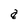
Character: a